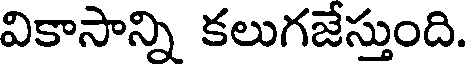
వికాసాన్ని కలుగజేస్తుంది.